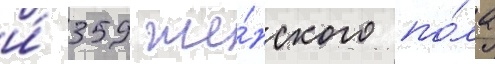
и́ 359 же́нского по́ла